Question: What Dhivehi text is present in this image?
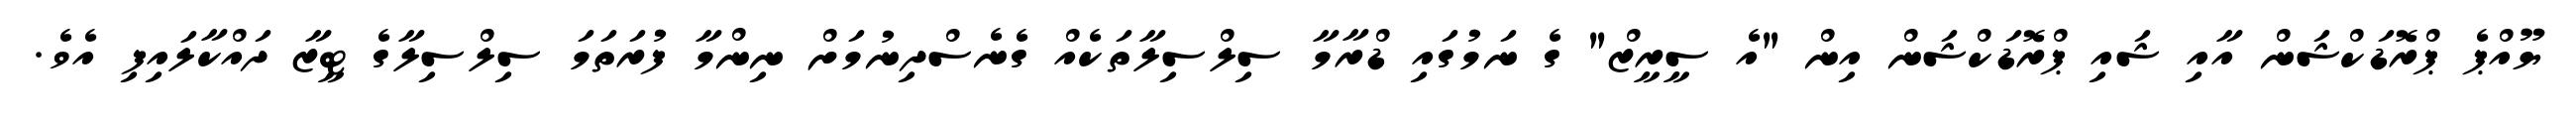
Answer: ޔޫއްޕެ ޕްރޮޑަކްޝަން އާއި ޝައި ޕްރޮޑަކްޝަން އިން "އެ ސީރީޒް" ގެ ނަމުގައި ޑްރާމާ ސިލްސިލާތަކެއް ގެނެސްދިނުމަށް ނިންމާ ފުރަތަމަ ސިލްސިލާގެ ޓީޒާ ދައްކާލައިފި އެވެ.